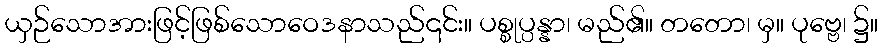
ယှဉ်သောအားဖြင့်ဖြစ်သောဝေဒနာသည်၎င်း။ ပစ္စုပ္ပန္နာ၊ မည်၏။ တတော၊ မှ။ ပုဗ္ဗေ၊ ၌။